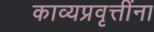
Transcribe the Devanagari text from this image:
काव्यप्रवृत्तींना